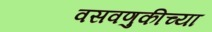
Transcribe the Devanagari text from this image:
वसवणुकीच्या